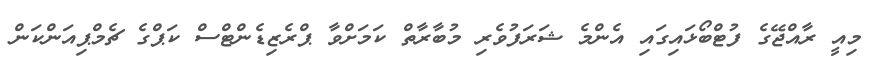
މިއީ ރާއްޖޭގެ ފުޓްބޯޅައިގައި އެންމެ ޝަރަފުވެރި މުބާރާތް ކަމަށްވާ ޕްރެޒިޑެންޓްސް ކަޕްގެ ޗެމްޕިއަންކަން